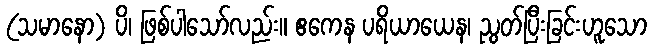
(သမာနော) ပိ၊ ဖြစ်ပါသော်လည်း။ ဧကေန ပရိယာယေန၊ ညွတ်ပြီးခြင်းဟူသော